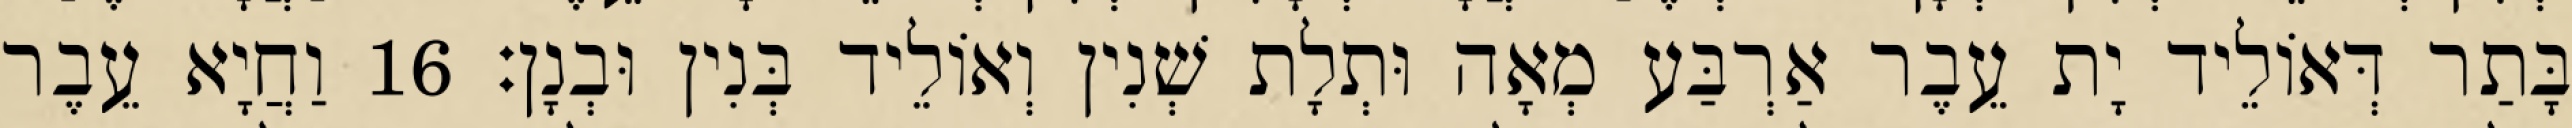
בָּתַר דְּאוֹלֵיד יָת עֵבֶר אַרְבַּע מְאָה וּתְלָת שְׁנִין וְאוֹלֵיד בְּנִין וּבְנָן׃ 16 וַחֲיָא עֵבֶר